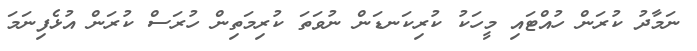
ނަމާދު ކުރަން ހުއްޓައި މީހަކު ކުރިކަނޑަން ނުވަތަ ކުރިމަތިން ހުރަސް ކުރަން އުޅެފިނަމަ